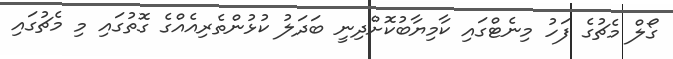
ގޯލް މެޗުގެ ފަހު މިނެޓްގައި ކާމިޔާބުކޮށްދިނީ ބަދަލު ކުޅުންތެރިއެއްގެ ގޮތުގައި މި މެޗުގައި